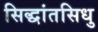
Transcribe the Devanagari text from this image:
सिद्धांतसिधु